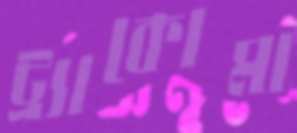
ট্র্যাকোমা